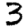
Digit: 3